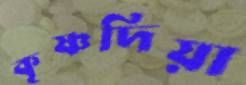
কৃষ্ণদিয়া